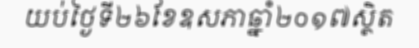
យប់ថ្ងៃទី២៦ខែឧសភាឆ្នាំ២០១៧ស្ថិត